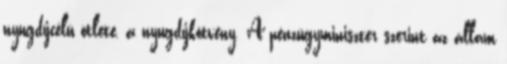
nyugdíjcélú ötlete, a nyugdíjkötvény. A pénzügyminiszter szerint az állam